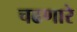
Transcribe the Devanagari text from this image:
चढणारे